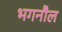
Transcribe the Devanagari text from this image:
भगनौल